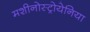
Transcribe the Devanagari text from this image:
मशीनोस्ट्रोयेनिया